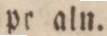
pr aln.